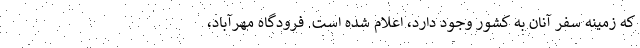
که زمینه سفر آنان به کشور وجود دارد، اعلام شده است. فرودگاه مهرآباد،